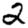
Digit: 2